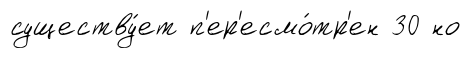
существу́ет п'ер'есмо́тр'ен 30 но